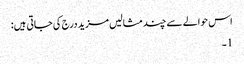
اس حوالے سے چند مثالیں مزید درج کی جاتی ہیں:
1۔